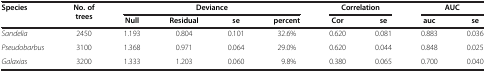
| <ROWSPAN=2> Species | <ROWSPAN=2> No. of trees | <COLSPAN=4> Deviance | <COLSPAN=2> Correlation | <COLSPAN=2> AUC |
 | Null | Residual | se | percent | Cor | se | auc | se |
 | --- | --- | --- | --- | --- | --- | --- | --- | --- | --- |
 | Sandelia | 2450 | 1.193 | 0.804 | 0.101 | 32.6% | 0.620 | 0.081 | 0.883 | 0.036 |
 | Pseudobarbus | 3100 | 1.368 | 0.971 | 0.064 | 29.0% | 0.620 | 0.044 | 0.848 | 0.025 |
 | Galaxias | 3200 | 1.333 | 1.203 | 0.060 | 9.8% | 0.380 | 0.065 | 0.700 | 0.040 |